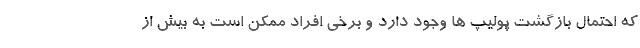
که احتمال بازگشت پولیپ ها وجود دارد و برخی افراد ممکن است به بیش از